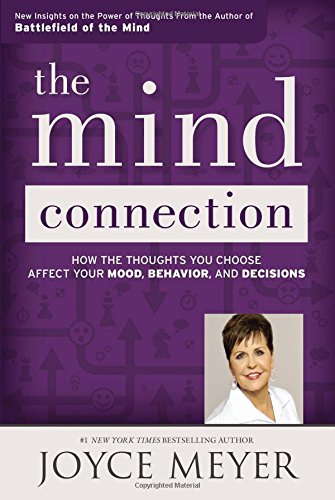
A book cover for The Mind Connection: How the Thoughts You Choose Affect Your Mood, Behavior, and Decisions; Joyce Meyer; Christian Books & Bibles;